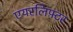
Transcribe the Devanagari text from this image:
एयरलिफ़्टर